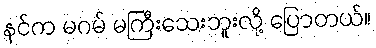
နင်က မဂမ် မကြီးသေးဘူးလို့ ပြောတယ်။